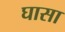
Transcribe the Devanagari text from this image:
घासा